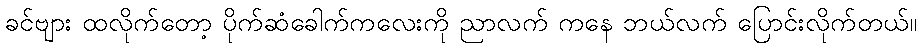
ခင်ဗျား ထလိုက်တော့ ပိုက်ဆံခေါက်ကလေးကို ညာလက် ကနေ ဘယ်လက် ပြောင်းလိုက်တယ်။